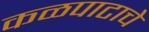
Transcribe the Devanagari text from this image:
कळपाटाचे